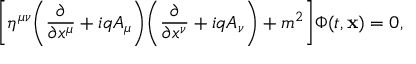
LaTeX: \Biggl [ \eta ^ { \mu \nu } \Biggl ( \frac { \partial } { \partial x ^ { \mu } } + i q A _ { \mu } \Biggr ) \Biggl ( \frac { \partial } { \partial x ^ { \nu } } + i q A _ { \nu } \Biggr ) + m ^ { 2 } \Biggr ] \Phi ( t , { \bf x } ) = 0 ,